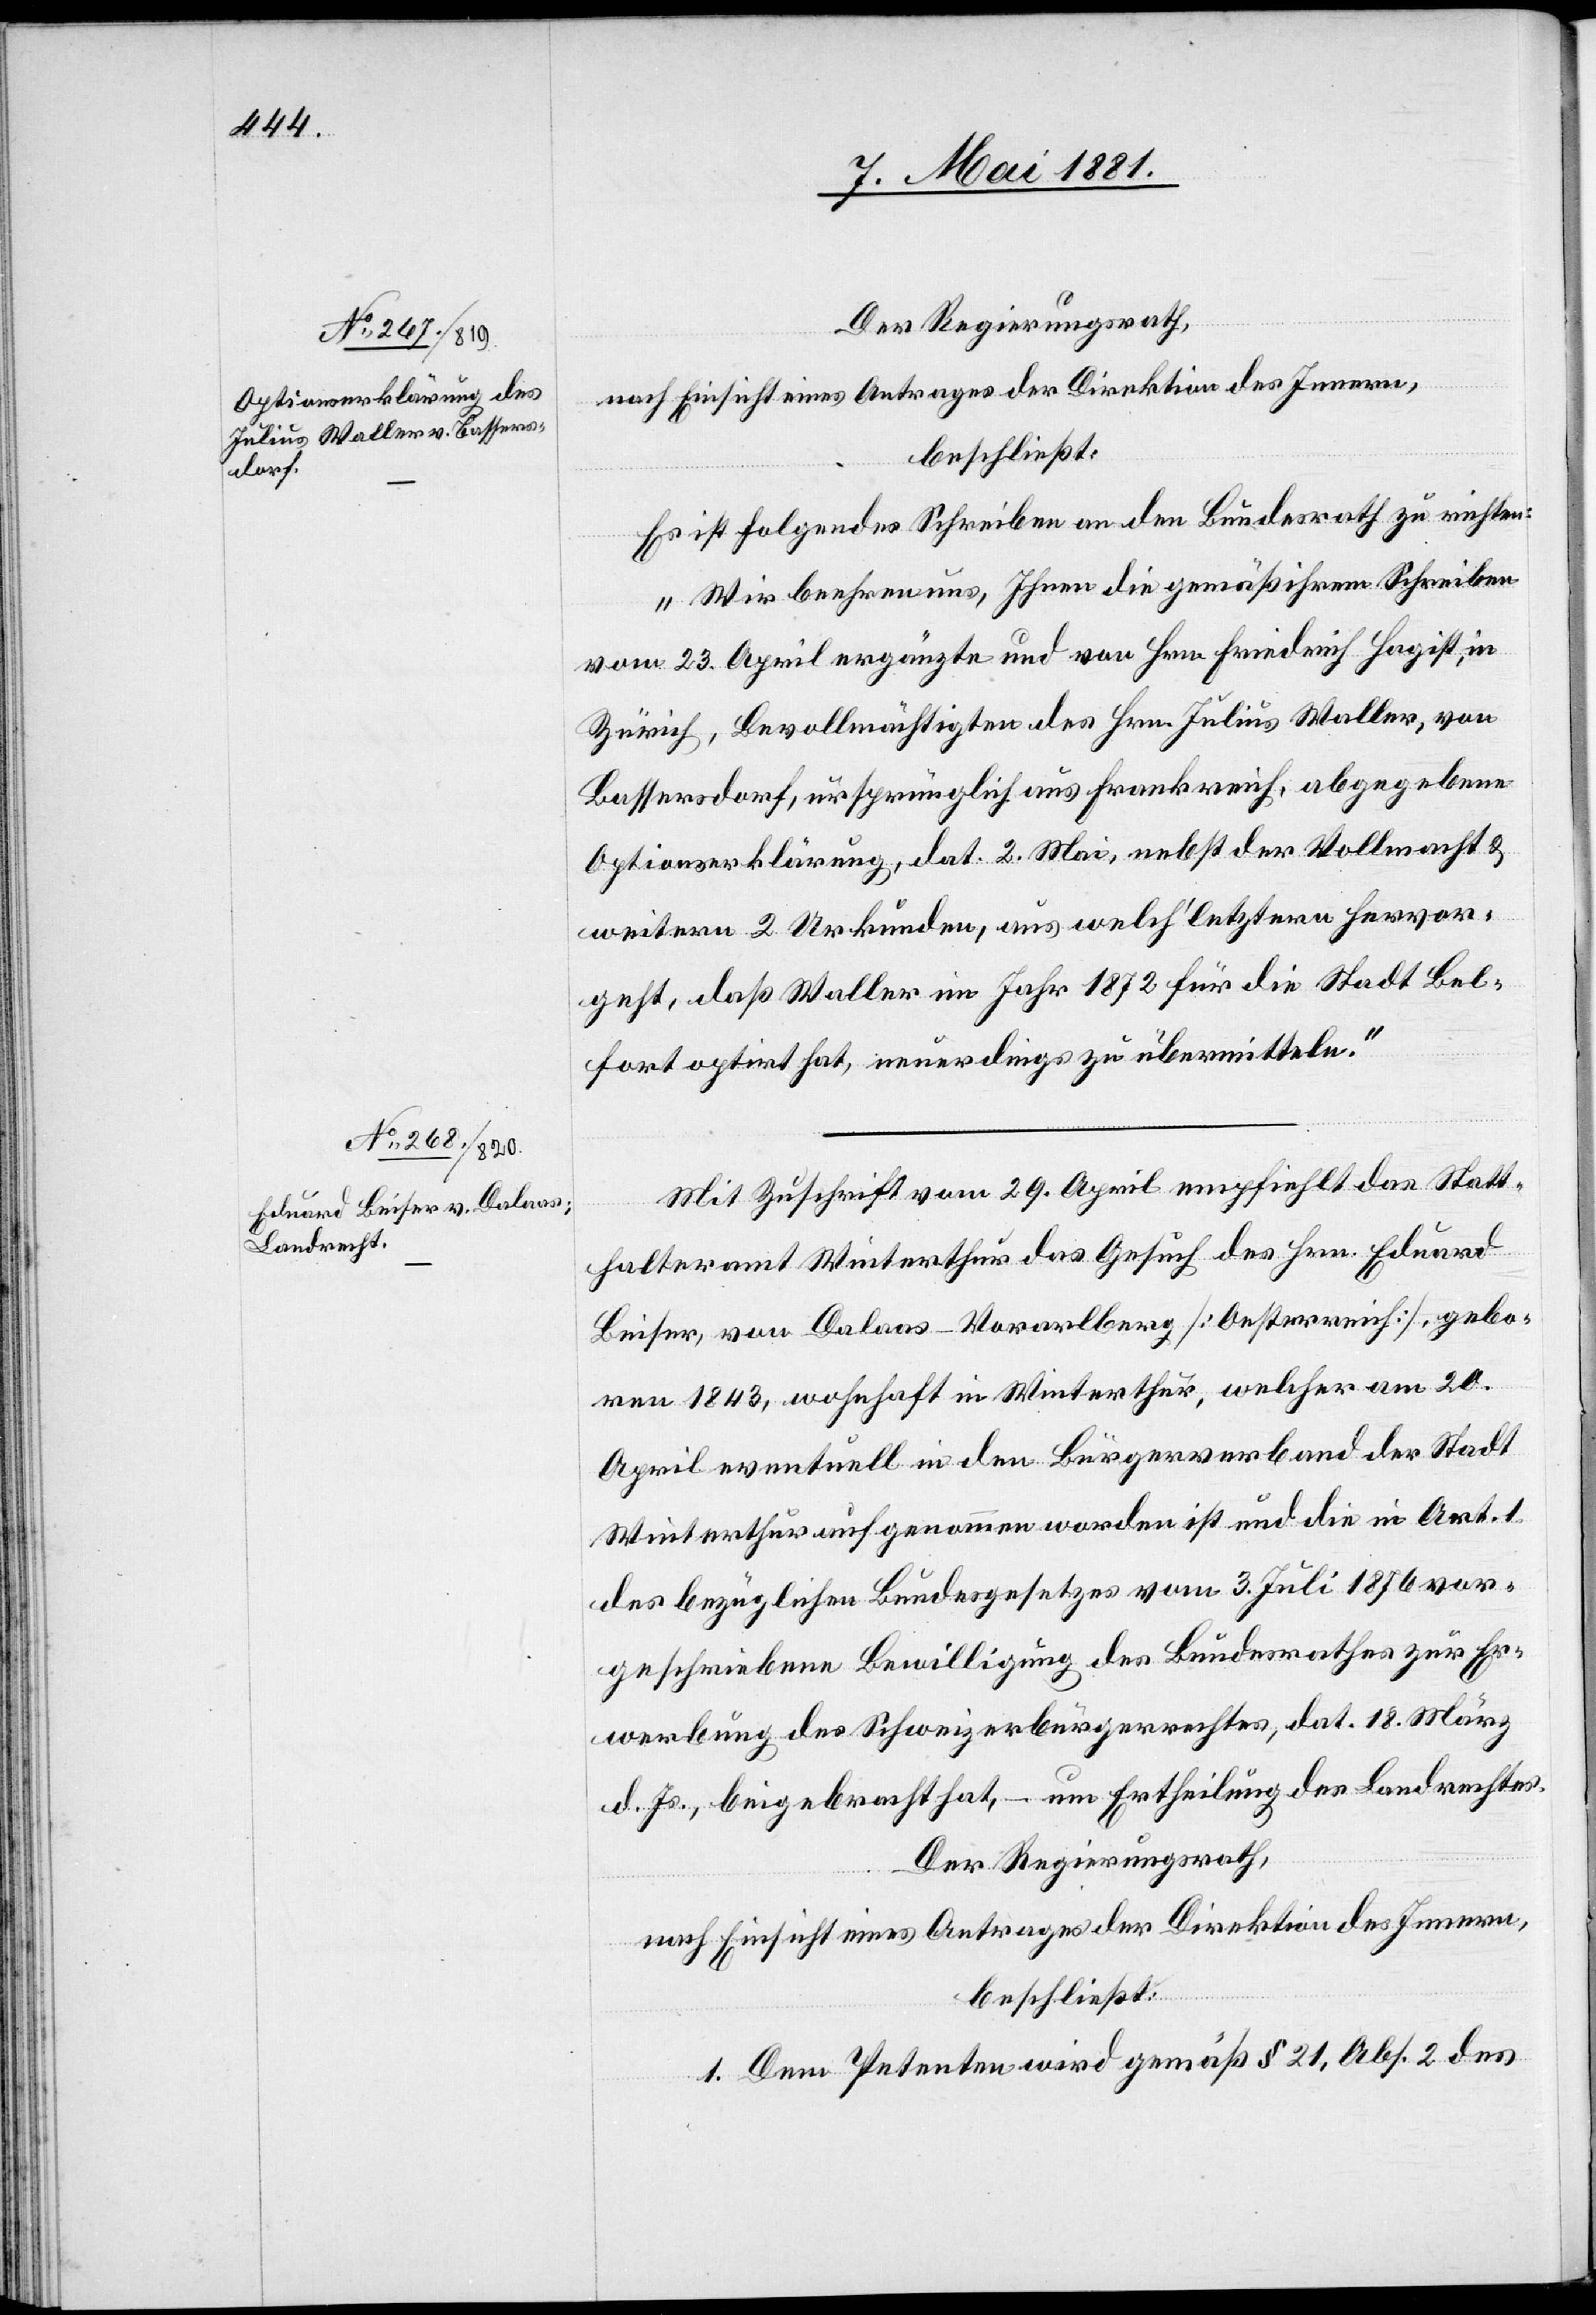
Der Regierungsrath,
nach Einsicht eines Antrages der Direktion des Innern,
beschließt:
Es ist folgendes Schreiben an den Bundesrath zu richten:
„Wir beehren uns, Ihnen die gemäß ihrem Schreiben
vom 23. April ergänzte und von Hrn. Friedrich Hagist, in
Zürich, Bevollmächtigten des Hrn. Julius Waller, von
Bassersdorf, ursprünglich aus Frankreich, abgegebene
Optionserklärung, dat. 2. Mai, nebst der Vollmacht &
geht, daß Waller im Jahr 1882 für die Stadt Bel¬
fort optirt hat, neuerdings zu übermitteln.“
Mit Zuschrift vom 29. April empfiehlt das Statt¬
halteramt Winterthur das Gesuch des Hrn. Eduard
Beiser, von Dalaas - Vorarlberg [Oesterreich], gebo¬
ren 1843, wohnhaft in Winterthur, welcher am 20.
April eventuell in den Bürgerverband der Stadt
Winterthur aufgenommen worden ist und die in Art. 1
des bezüglichen Bundesgesetzes vom 3. Juli 1876 vor¬
geschriebene Bewilligung des Bundesrathes zur Er¬
werbung des Schweizerbürgerrechtes, dat. 18. März
d. Js., beigebracht hat, – um Ertheilung des Landrechtes.
Der Regierungsrath,
nach Einsicht eines Antrages der Direktion des Innern,
beschließt:
1. Dem Petenten wird gemäß § 21, Abs. 2 des